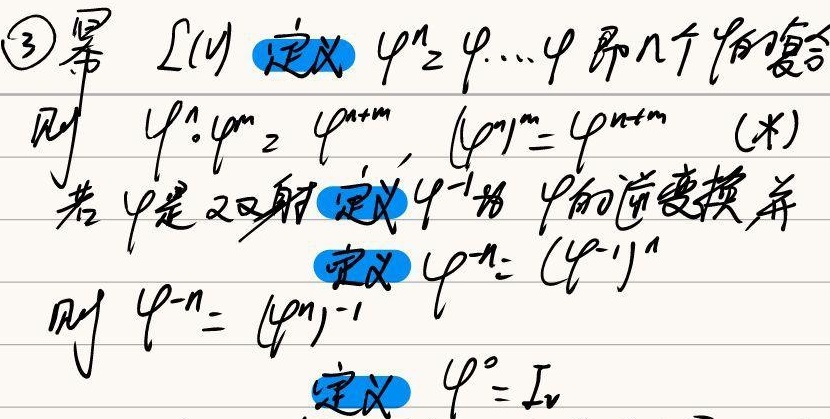
\textcircled{3} 幂设 \(V\)，定义 \(\varphi^{n}=\varphi\cdots\varphi\)（即 \(n\) 个 \(\varphi\) 的复合），则 \(\varphi^{n}\circ\varphi^{m}=\varphi^{n + m}\)，\((\varphi^{n})^{m}=\varphi^{n\cdot m}\)  (\(*\))。若 \(\varphi\) 是双射，定义 \(\varphi^{-1}\) 为 \(\varphi\) 的逆变换，并定义 \(\varphi^{-n}=(\varphi^{-1})^{n}\)，则 \(\varphi^{-n}=(\varphi^{n})^{-1}\)，定义 \(\varphi^{0}=I_{V}\)